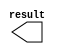
// megafunction wizard: %LPM_CONSTANT%VBB%
// GENERATION: STANDARD
// VERSION: WM1.0
// MODULE: LPM_CONSTANT 

// ============================================================
// Megafunction Name(s):
// 			LPM_CONSTANT
//
// Simulation Library Files(s):
// 			lpm
// ============================================================
// ************************************************************
// THIS IS A WIZARD-GENERATED FILE. DO NOT EDIT THIS FILE!
//
// 17.1.0 Build 590 10/25/2017 SJ Lite Edition
// ************************************************************

//Copyright (C) 2017  Intel Corporation. All rights reserved.
//Your use of Intel Corporation's design tools, logic functions 
//and other software and tools, and its AMPP partner logic 
//functions, and any output files from any of the foregoing 
//(including device programming or simulation files), and any 
//associated documentation or information are expressly subject 
//to the terms and conditions of the Intel Program License 
//Subscription Agreement, the Intel Quartus Prime License Agreement,
//the Intel FPGA IP License Agreement, or other applicable license
//agreement, including, without limitation, that your use is for
//the sole purpose of programming logic devices manufactured by
//Intel and sold by Intel or its authorized distributors.  Please
//refer to the applicable agreement for further details.

module zero (
	result);

	output	[9:0]  result;

endmodule

// ============================================================
// CNX file retrieval info
// ============================================================
// Retrieval info: PRIVATE: INTENDED_DEVICE_FAMILY STRING "MAX 10"
// Retrieval info: PRIVATE: JTAG_ENABLED NUMERIC "0"
// Retrieval info: PRIVATE: JTAG_ID STRING "NONE"
// Retrieval info: PRIVATE: Radix NUMERIC "10"
// Retrieval info: PRIVATE: SYNTH_WRAPPER_GEN_POSTFIX STRING "0"
// Retrieval info: PRIVATE: Value NUMERIC "0"
// Retrieval info: PRIVATE: nBit NUMERIC "10"
// Retrieval info: PRIVATE: new_diagram STRING "1"
// Retrieval info: LIBRARY: lpm lpm.lpm_components.all
// Retrieval info: CONSTANT: LPM_CVALUE NUMERIC "0"
// Retrieval info: CONSTANT: LPM_HINT STRING "ENABLE_RUNTIME_MOD=NO"
// Retrieval info: CONSTANT: LPM_TYPE STRING "LPM_CONSTANT"
// Retrieval info: CONSTANT: LPM_WIDTH NUMERIC "10"
// Retrieval info: USED_PORT: result 0 0 10 0 OUTPUT NODEFVAL "result[9..0]"
// Retrieval info: CONNECT: result 0 0 10 0 @result 0 0 10 0
// Retrieval info: GEN_FILE: TYPE_NORMAL zero.v TRUE
// Retrieval info: GEN_FILE: TYPE_NORMAL zero.inc FALSE
// Retrieval info: GEN_FILE: TYPE_NORMAL zero.cmp FALSE
// Retrieval info: GEN_FILE: TYPE_NORMAL zero.bsf TRUE
// Retrieval info: GEN_FILE: TYPE_NORMAL zero_inst.v TRUE
// Retrieval info: GEN_FILE: TYPE_NORMAL zero_bb.v TRUE
// Retrieval info: LIB_FILE: lpm